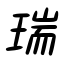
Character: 瑞